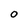
Character: O